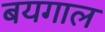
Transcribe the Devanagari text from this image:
बयगाल